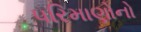
પરિમાણોનો